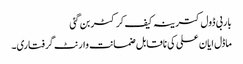
باربی ڈول کترینہ کیف کرکٹر بن گئی
ماڈل ایان علی کی ناقابل ضمانت وارنٹ گرفتاری۔